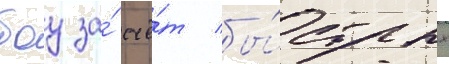
боу за́ счё́т бы́стрых